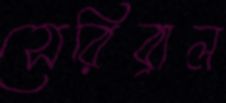
সেরিব্রাল